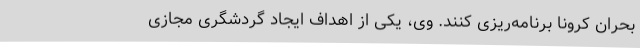
بحران کرونا برنامه‌ریزی کنند. وی، یکی از اهداف ایجاد گردشگری مجازی